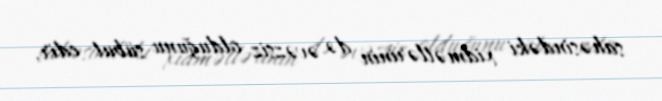
sahəsindəki xidmətlərinin də əvəzsiz olduğunu sübut edir.